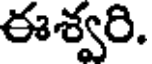
ఈశ్వరి.